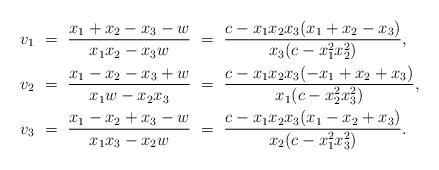
LaTeX: \begin{align*}v_1\ &=\ \frac{x_1+x_2-x_3-w}{x_1x_2-x_3w}\ =\ \frac{c-x_1x_2x_3(x_1+x_2-x_3)}{x_3(c-x_1^2x_2^2)},\\v_2\ &=\ \frac{x_1-x_2-x_3+w}{x_1w-x_2x_3}\ =\ \frac{c-x_1x_2x_3(-x_1+x_2+x_3)}{x_1(c-x_2^2x_3^2)},\\v_3\ &=\ \frac{x_1-x_2+x_3-w}{x_1x_3-x_2w}\ =\ \frac{c-x_1x_2x_3(x_1-x_2+x_3)}{x_2(c-x_1^2x_3^2)}.\end{align*}